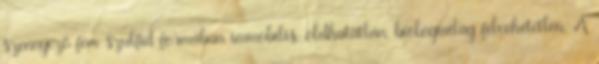
szennyező fém szulfid formában immobilis, oldhatatlan, biológiailag felvehetetlen. A